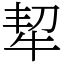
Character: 㸷